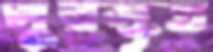
পুরস্কৃত